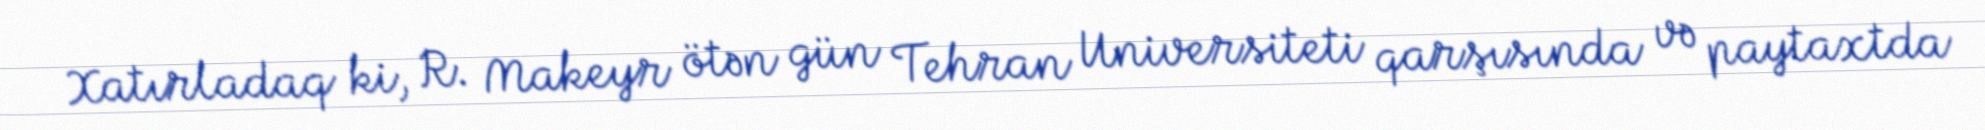
Xatırladaq ki, R. Makeyr ötən gün Tehran Universiteti qarşısında və paytaxtda